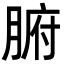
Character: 腑